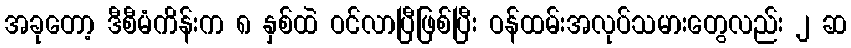
အခုတော့ ဒီစီမံကိန်းက ၈ နှစ်ထဲ ဝင်လာပြီဖြစ်ပြီး ဝန်ထမ်းအလုပ်သမားတွေလည်း ၂ ဆ